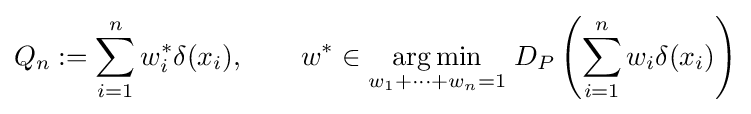
Q_{n}:=\sum _{i=1}^{n}w_{i}^{*}\delta (x_{i}),\qquad w^{*}\in {\underset {w_{1}+\cdots +w_{n}=1}{\operatorname {arg\,min} }}\;D_{P}\left(\sum _{i=1}^{n}w_{i}\delta (x_{i})\right)